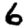
Digit: 6